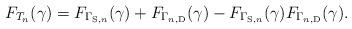
LaTeX: \begin{align*}F_{T_n}(\gamma) = F_{\Gamma_{\mathrm{S}, n}}(\gamma) + F_{\Gamma_{n, \mathrm{D}}}(\gamma) - F_{\Gamma_{\mathrm{S}, n}}(\gamma)F_{\Gamma_{n, \mathrm{D}}}(\gamma).\end{align*}